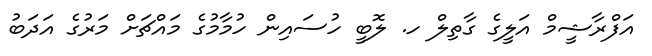
އަފްރާޝީމް އަލީގެ ގާތިލް ހ. ލޮބީ ހުސައިން ހުމާމުގެ މައްޗަށް މަރުގެ އަދަބު